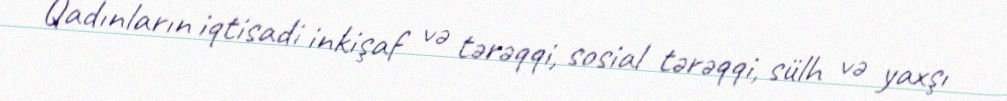
Qadınların iqtisadi inkişaf və tərəqqi, sosial tərəqqi, sülh və yaxşı